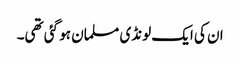
ان کی ایک لونڈی مسلمان ہو گئی تھی۔